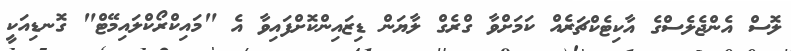
ލޮސް އެންޖެލެސްގެ އާކިޓެކްޗަރެއް ކަމަށްވާ ގްރެގް ލާޔަން ޑިޒައިންކޮށްފައިވާ އެ "މައިކްރޯކްލައިމޭޓް" ގޮނޑިއަކީ